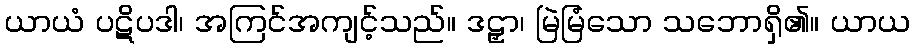
ယာယံ ပဋိပဒါ၊ အကြင်အကျင့်သည်။ ဒဠှာ၊ မြဲမြံသော သဘောရှိ၏။ ယာယ